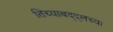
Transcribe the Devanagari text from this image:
तिच्याबद्द्लच्या